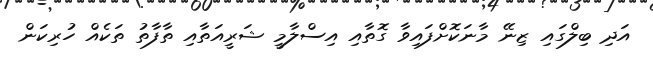
އަދި ބިލްގައި ޒިނޭ މާނަކޮށްފައިވާ ގޮތާއި އިސްލާމީ ޝަރީއަތާއި ތާފާތު ތަކެއް ހުރިކަން